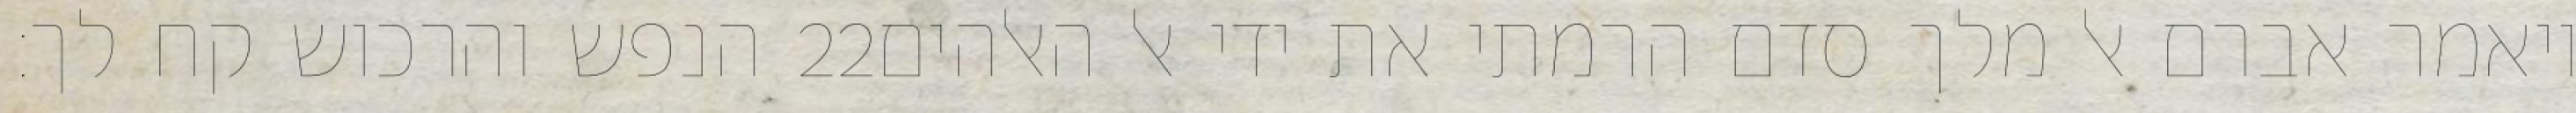
הנפש והרכוש קח לך׃ ‎22‏ ויאמר אברם אל מלך סדם הרמתי את ידי אל האלהים